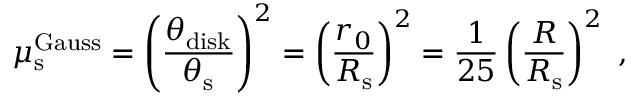
\mu _ { \mathrm { s } } ^ { \mathrm { G a u s s } } = \left( \frac { \theta _ { \mathrm { d i s k } } } { \theta _ { \mathrm { s } } } \right) ^ { 2 } = \left( \frac { r _ { 0 } } { R _ { \mathrm { s } } } \right) ^ { 2 } = \frac { 1 } { 2 5 } \left( \frac { R } { R _ { \mathrm { s } } } \right) ^ { 2 } \ ,